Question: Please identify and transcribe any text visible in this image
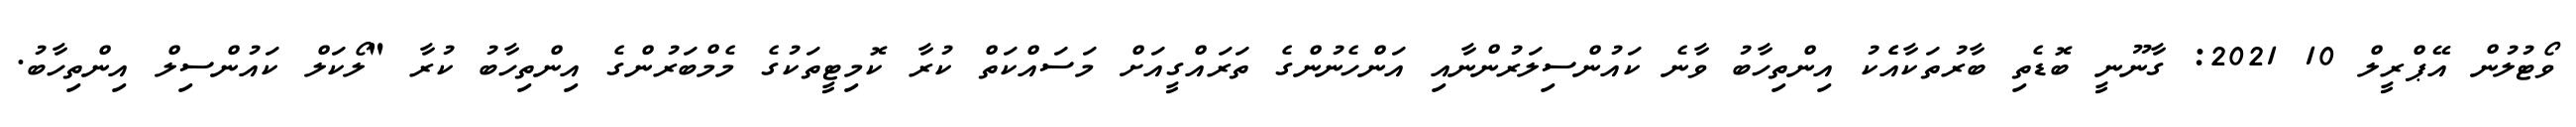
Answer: ވޯޓުލުން އޭޕްރީލް 10 2021: ގާނޫނީ ބޮޑެތި ބާރުތަކާއެެކު އިންތިހާބު ވާނެ ކައުންސިލަރުންނާއި އަންހެނުންގެ ތަރައްގީއަށް މަސައްކަތް ކުރާ ކޮމިޓީތަކުގެ މެމްބަރުންގެ އިންތިހާބު ކުރާ "ލޯކަލް ކައުންސިލް އިންތިހާބު.